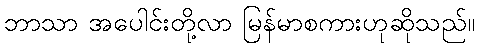
ဘာသာ အပေါင်းတို့လာ မြန်မာစကားဟုဆိုသည်။